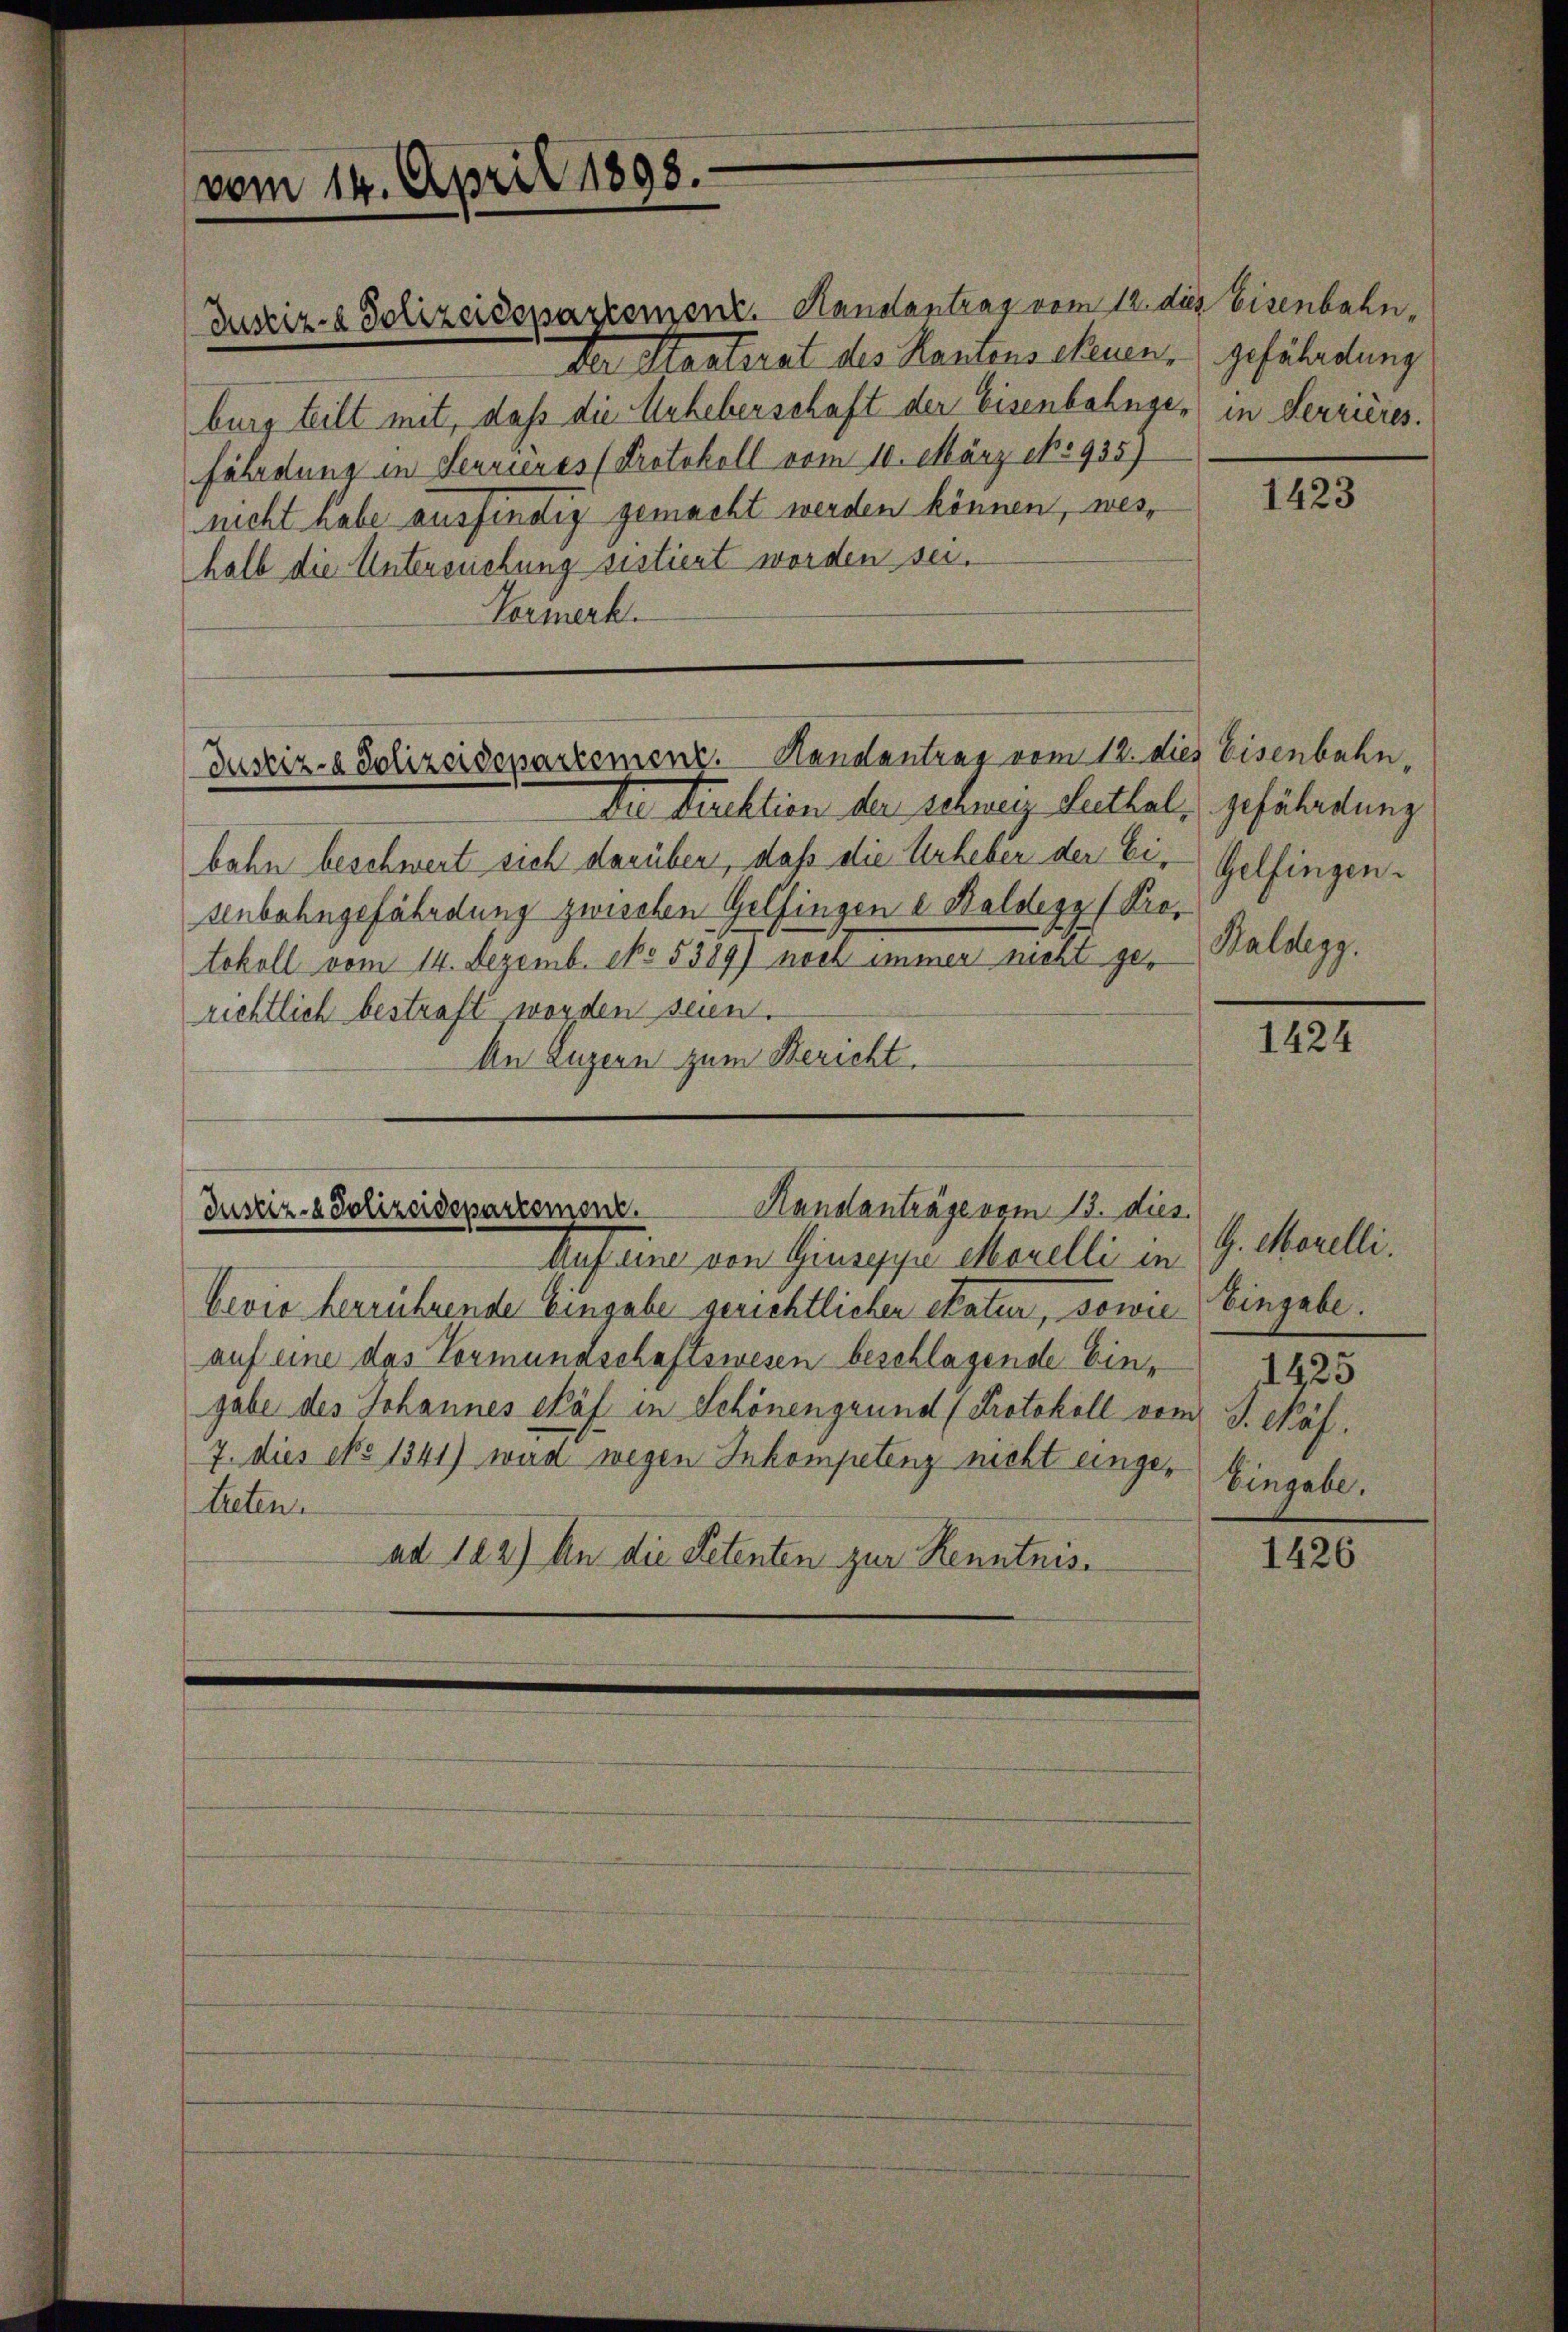
vom 14. April 1893.

Zustiz- & Polizeidepartement. Handantrag vom 12. des Eisenbahn.
Der Masterat des Kantonschauen, gefährdung
burg teilt mit, daß die Urheberschaft der Eisenbahngefährdung in Senrieres (Protokoll vom 10. März epo 935)
nicht habe ausfindig gemacht werden können, weshalb die Untersuchung sistiert worden sei.
Vormerk.

Justiz- & Polizeidepartement. Kanalantrag vom 12. dies Eisenbahn,

Justiz- & Polizeidepartement. Hanslanträge vom 13. dies

in Terrières.

Du Direktion der schweiz Rathal, gefährdung
bahn beschwert sich darüber, daß die Urheber der Eisenbahngefährdung zwischen Gelfingen e Haldegg (Protokoll vom 14. Dezemb. cko 5389) noch immer nicht gerichtlich bestraft worden sein.
An Luzern zum Bericht.

Auf eine von Giusgyi Marelli in
bević herrührende Eingabe gerichtlichen Skatur, sowie Eingabe.
auf eine das Vormundschaftswesen beschlagende Eingabe des Johannes Säf in Schönengrund (Protokoll vom J. Näf.
7. dies No 1341) wird wegen Inkompetenz nicht eingeteten
ad 122) An die Petenten zur Kenntnis¬

1423

Gelfingen.
Kaldegg.

1424

G. Morelli.
Eingabe,

1425

1426